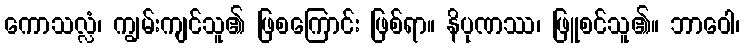
ကောသလ္လံ၊ ကျွမ်းကျင်သူ၏ ဖြစကြောင်း ဖြစ်ရာ။ နိပုဏဿ၊ ဖြူစင်သူ၏။ ဘာဝေါ၊